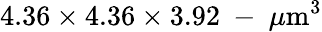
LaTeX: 4.36\times 4.36\times 3.92\mathrm{~-~}\mu\mathrm{m}^{3}